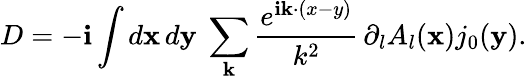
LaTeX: D=-\mathbf{i}\int{}d{\mathbf{x}}\, d{\mathbf{y}}\ \sum_{\mathbf{k}}\frac{{e^{\mathbf{i}{\mathbf{k}\cdot(x-y)}}}}{{k^{2}}}\, \partial_{l}A_{l}({\mathbf{x}})j_{0}({\mathbf{y}}).